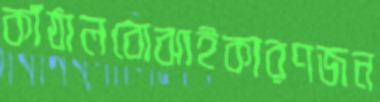
কাঁঠালবোঝাইকারণজন